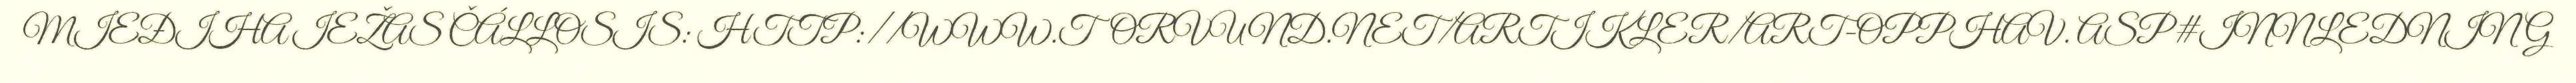
MIEĐIHA IEŽAS ČÁLLOSIS: HTTP://WWW.TORVUND.NET/ARTIKLER/ART-OPPHAV. ASP#INNLEDNING